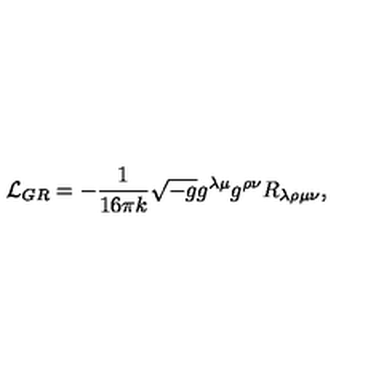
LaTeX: { \cal L } _ { G R } = - \frac { 1 } { 1 6 \pi k } \sqrt { - g } g ^ { \lambda \mu } g ^ { \rho \nu } R _ { \lambda \rho \mu \nu } ,